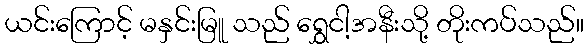
ယင်းကြောင့် မနှင်းမြူ သည် ရွှေငါ့အနီးသို့ တိုးကပ်သည်။